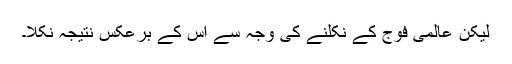
لیکن عالمی فوج کے نکلنے کی وجہ سے اس کے برعکس نتیجہ نکلا۔